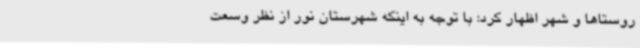
روستاها و شهر اظهار کرد: با توجه به اینکه شهرستان نور از نظر وسعت